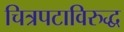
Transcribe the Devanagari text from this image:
चित्रपटाविरुद्ध